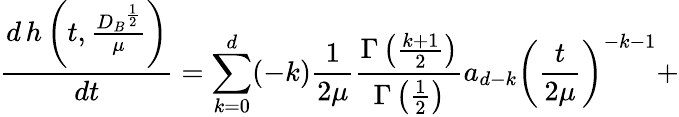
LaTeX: \frac{d\, h\left(t,\frac{{D_{B}}^{\frac 12}}{\mu}\right)}{dt}=\sum_{k=0}^{d}(-k)\frac{1}{2\mu}\frac{\Gamma\left(\frac{k+1}2\right)}{\Gamma\left(\frac 12\right)}a_{d-k}\left(\frac{t}{2\mu}\right)^{-k-1}+